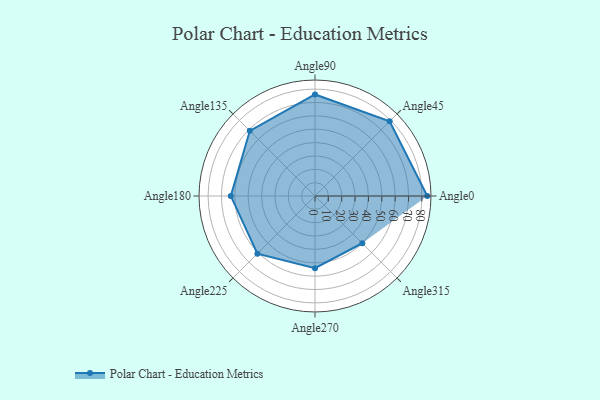
{"axis": {"x": "Angle", "y": "Radius"}, "legend": [""], "data": [{"x": "Angle0", "y": 84.0, "type": ""}, {"x": "Angle45", "y": 79.0, "type": ""}, {"x": "Angle90", "y": 76.0, "type": ""}, {"x": "Angle135", "y": 69.0, "type": ""}, {"x": "Angle180", "y": 63.0, "type": ""}, {"x": "Angle225", "y": 61.0, "type": ""}, {"x": "Angle270", "y": 54.0, "type": ""}, {"x": "Angle315", "y": 50, "type": ""}]}